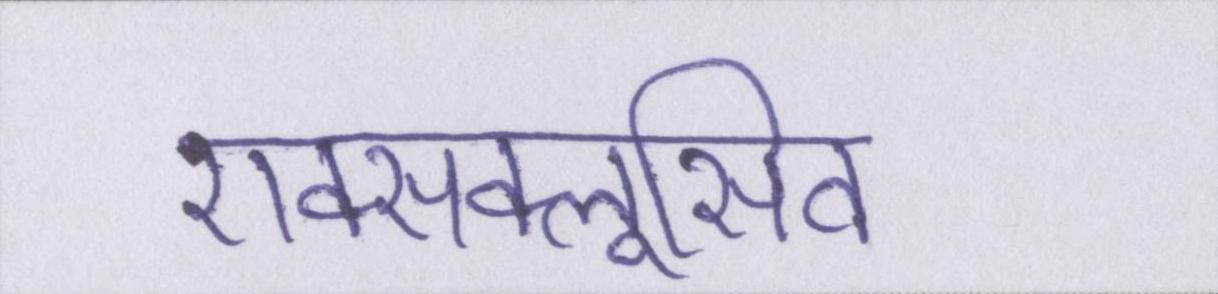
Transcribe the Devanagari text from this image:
एक्सक्लूसिव